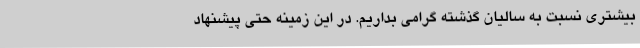
بیشتری نسبت به سالیان گذشته گرامی بداریم. در این زمینه حتی پیشنهاد